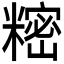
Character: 𬖵